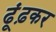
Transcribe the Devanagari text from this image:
ढूंढ़कर